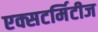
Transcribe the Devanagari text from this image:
एक्सटर्मिटीज